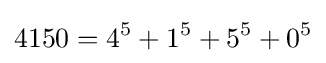
4150=4^{5}+1^{5}+5^{5}+0^{5}